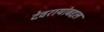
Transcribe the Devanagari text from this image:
देवरायांबद्दल